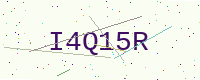
Text: I4Q15R